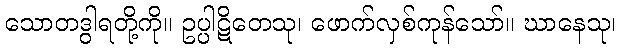
သောတဒွါရတို့ကို။ ဥပ္ပါဋိတေသု၊ ဖောက်လှစ်ကုန်သော်။ ဃာနေသု၊